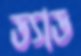
ড্যাড